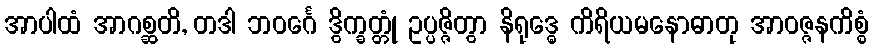
အာပါထံ အာဂစ္ဆတိ, တဒါ ဘဝင်္ဂေ ဒွိက္ခတ္တုံ ဥပ္ပဇ္ဇိတွာ နိရုဒ္ဓေ ကိရိယမနောဓာတု အာဝဇ္ဇနကိစ္စံ